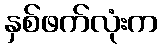
နှစ်ဖက်လုံးက